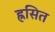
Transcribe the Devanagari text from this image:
ह्रसित